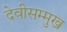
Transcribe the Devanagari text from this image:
देवीसम्मुख